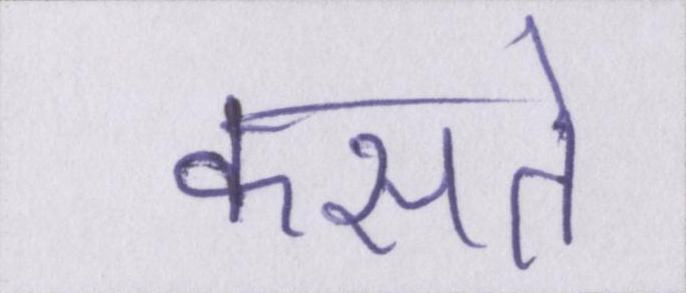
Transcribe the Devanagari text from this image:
कसते